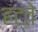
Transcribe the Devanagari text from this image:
हट्ते